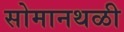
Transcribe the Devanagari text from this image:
सोमानथळी